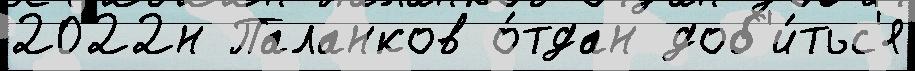
2022н Паланков о́тдан доб'и́тьс'я